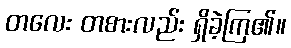
တလေး တစားလည်း ရှိခဲ့ကြ၏။